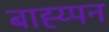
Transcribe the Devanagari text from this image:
बाह्य्पन